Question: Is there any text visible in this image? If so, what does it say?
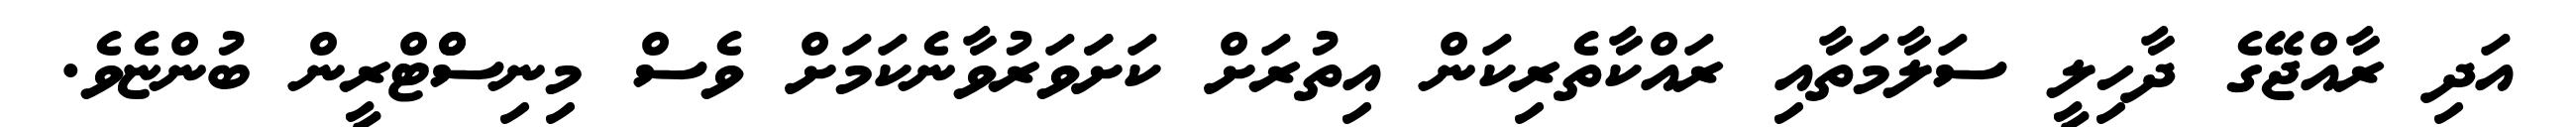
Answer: އަދި ރާއްޖޭގެ ދާހިލީ ސަލާމަތާއި ރައްކާތެރިކަން އިތުރަށް ކަށަަވަރުވާނެކަމަށް ވެސް މިނިސްްޓްރީން ބުންޏެވެ.